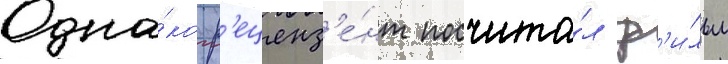
Одна́ко р'еценз'е́нт посчита́л ф'и́льм